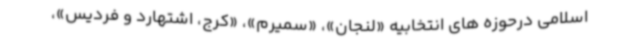
اسلامی درحوزه های انتخابیه «لنجان»، «سمیرم»، «کرج، اشتهارد و فردیس»،